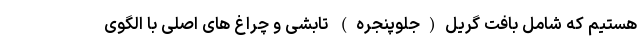
هستیم که شامل بافت گریل(جلوپنجره) تابشی و چراغ های اصلی با الگوی